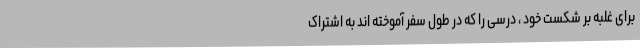
برای غلبه بر شکست خود ، درسی را که در طول سفر آموخته اند به اشتراک